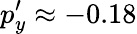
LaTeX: p_{y}^{\prime}\approx-0.18